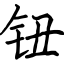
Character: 钮